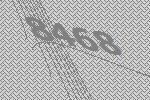
8468